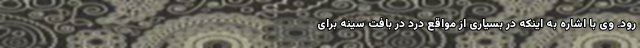
رود. وی با اشاره به اینکه در بسیاری از مواقع درد در بافت سینه برای